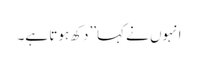
انہوں نے کہا’’دکھ ہوتا ہے۔